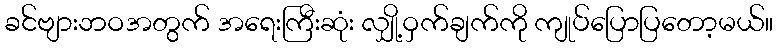
ခင်ဗျားဘဝအတွက် အရေးကြီးဆုံး လျှို့ဝှက်ချက်ကို ကျုပ်ပြောပြတော့မယ်။